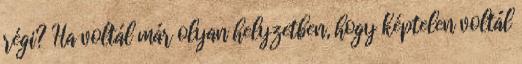
régi? Ha voltál már olyan helyzetben, hogy képtelen voltál